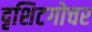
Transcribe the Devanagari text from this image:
दृशिटगोचर